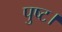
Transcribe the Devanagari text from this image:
पुष्ट।